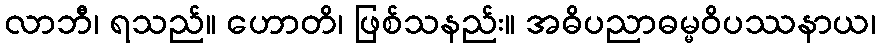
လာဘီ၊ ရသည်။ ဟောတိ၊ ဖြစ်သနည်း။ အဓိပညာဓမ္မဝိပဿနာယ၊